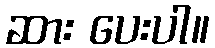
ဆား ပေးပါ။